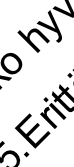
. E h y